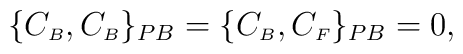
\{C_{\scriptscriptstyle B},C_{\scriptscriptstyle B}\}_{PB}=\{C_{\scriptscriptstyle B},C_{\scriptscriptstyle F}\}_{PB}=0,